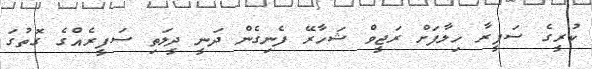
ކުރީގެ ސަފީރާ ހިލާފަށް ރަޖީވް ޝަހާރޭ ފެނިގެން ދަނީ ދީލަތި ސަފީރެއްގެ ގޮތުގަ